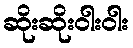
ဆိုးဆိုးဝါးဝါး